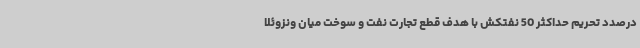
درصدد تحریم حداکثر 50 نفتکش با هدف قطع تجارت نفت و سوخت میان ونزوئلا